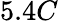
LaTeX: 5.4C